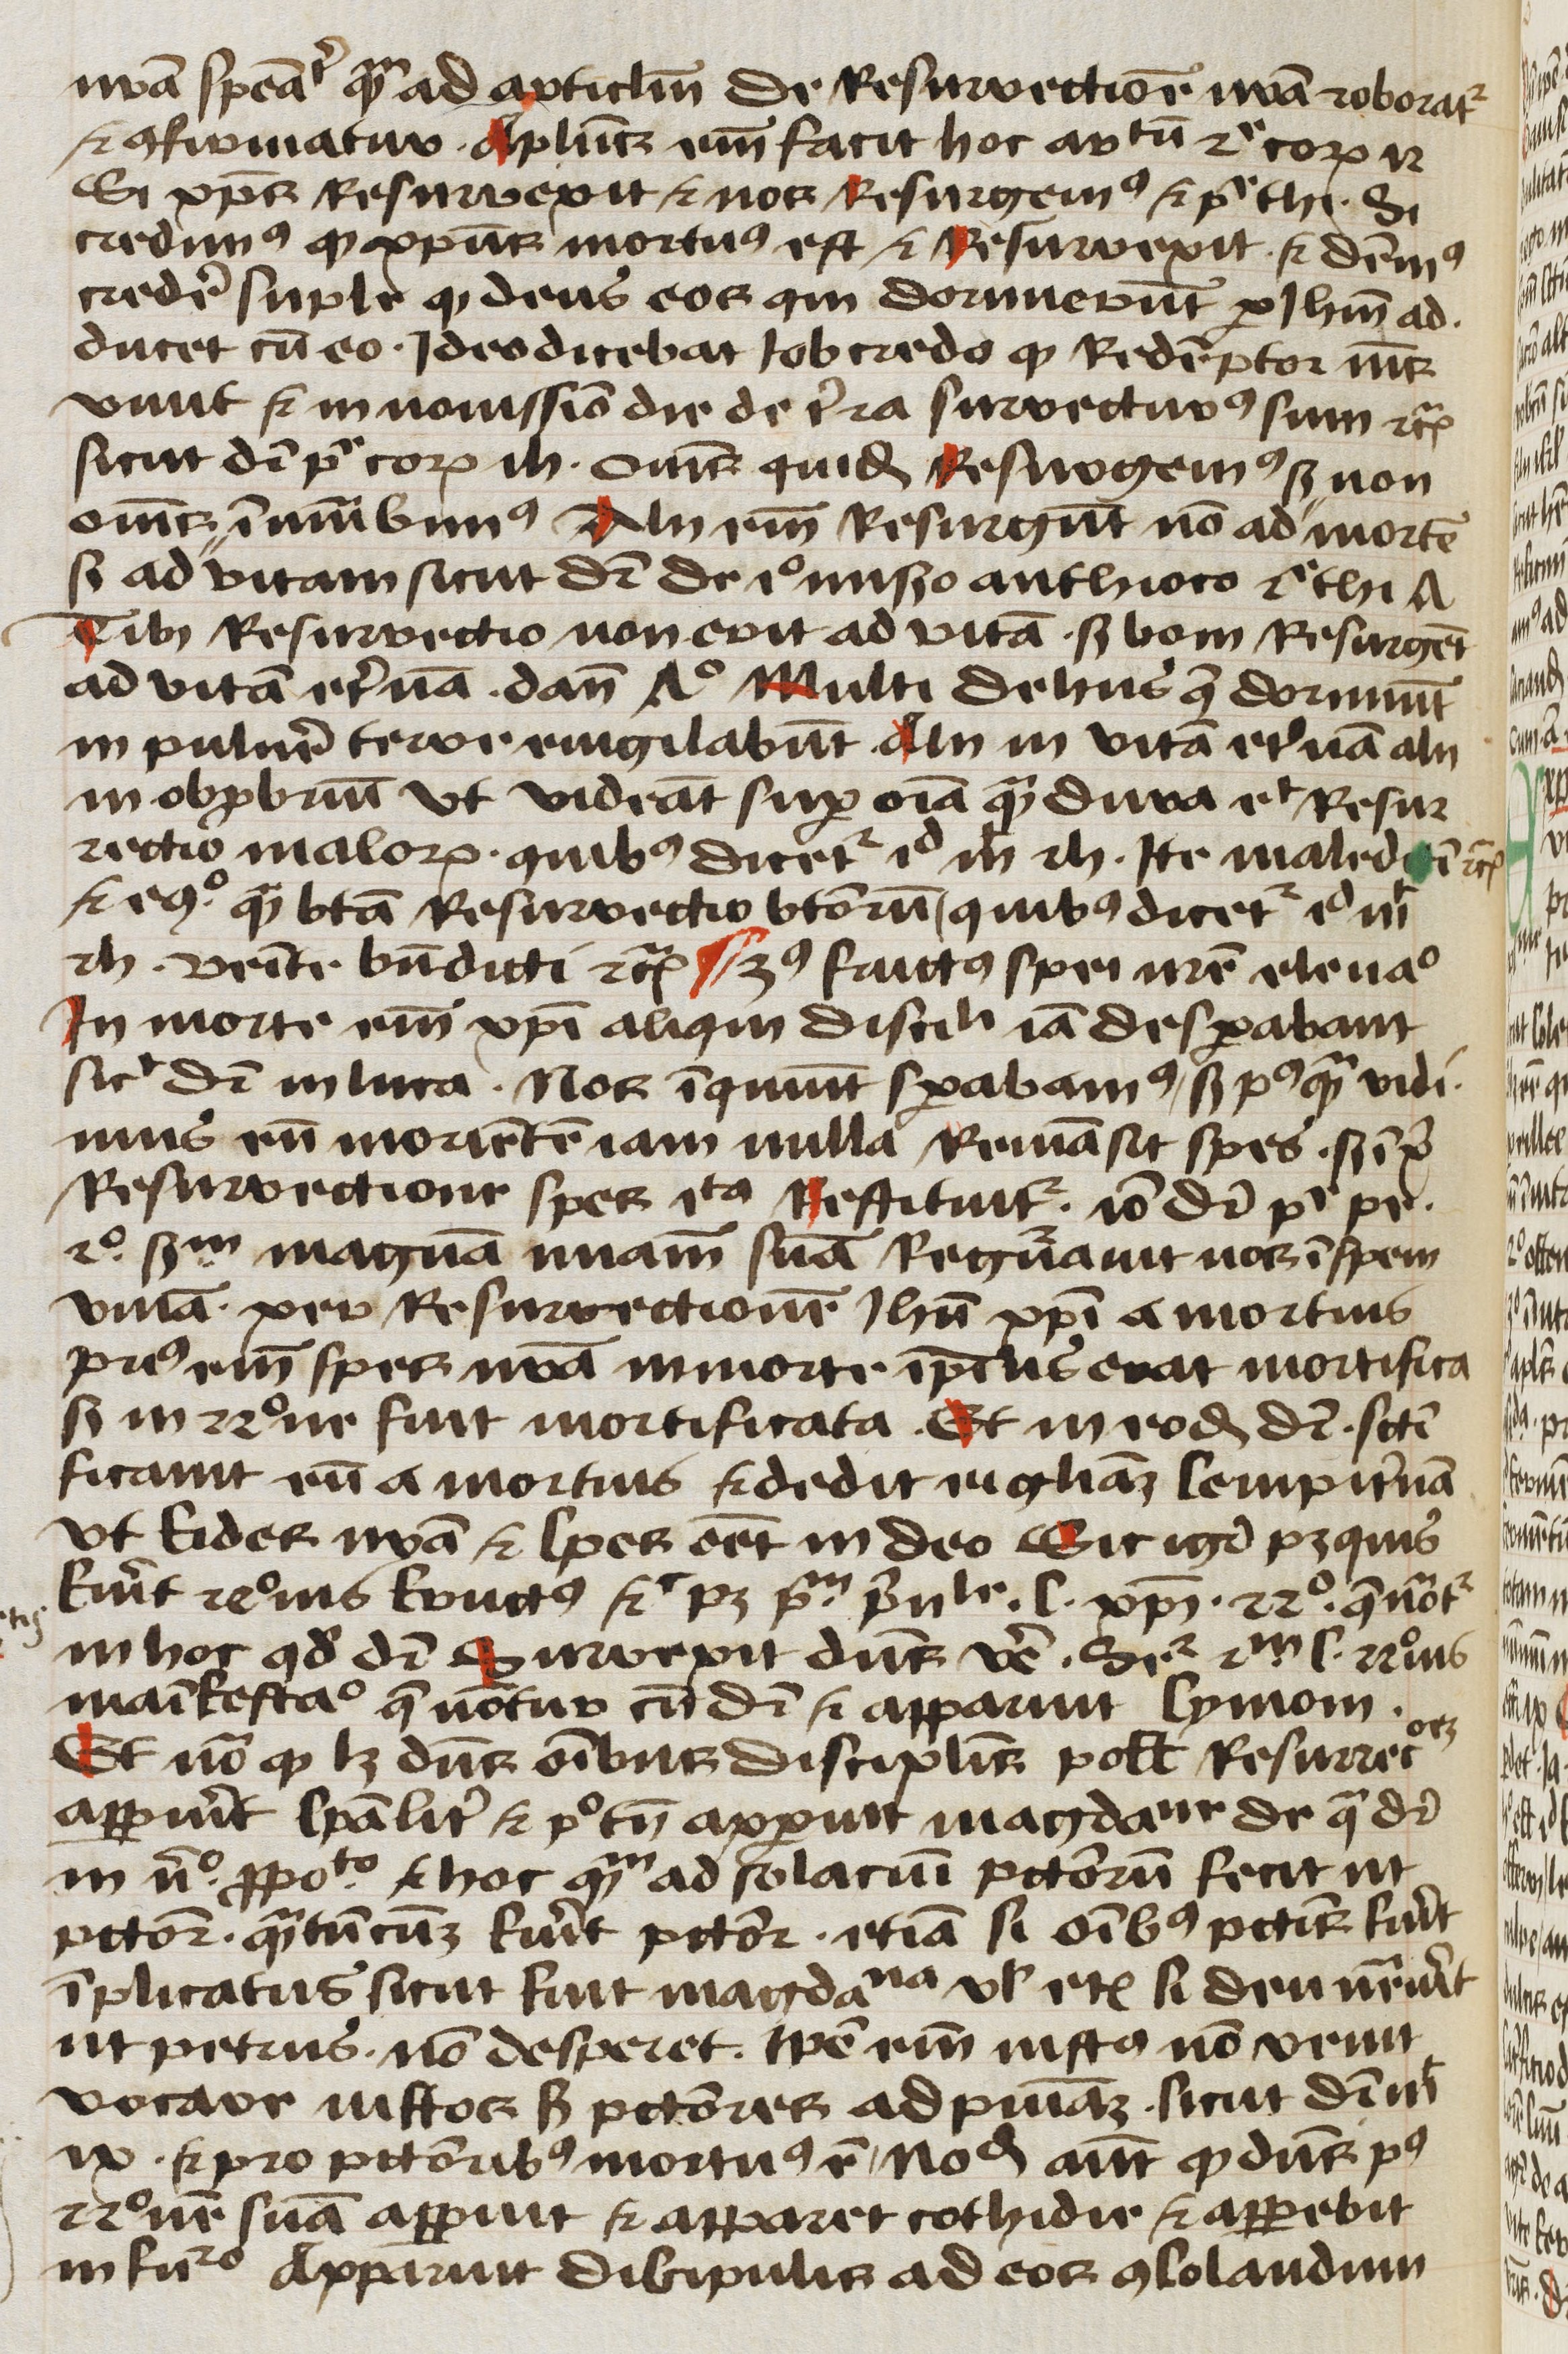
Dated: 1450–1499